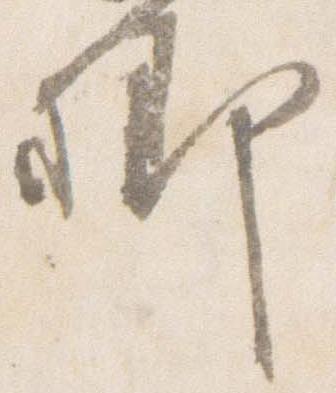
卿